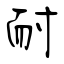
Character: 耐